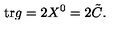
\mathrm { t r } g = 2 X ^ { 0 } = 2 { \tilde { C } } .